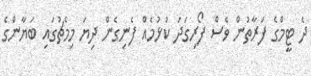
ދެ ޓީމްގެ ފަރާތުން ވެސް ފޯރިގަދަ ކުޅުމެއް ފެނިގެން ދިޔަ މިމެޗުގައި ބަޔާންގެ